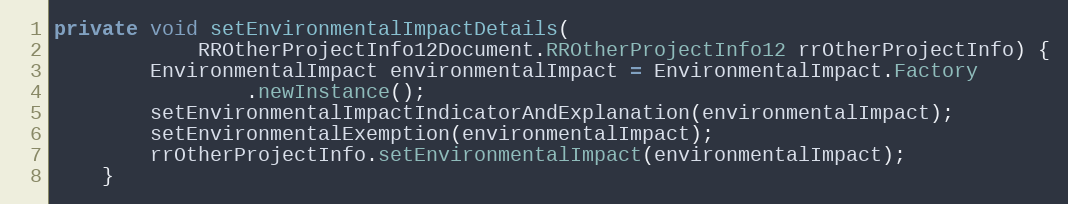
Language: Java
private void setEnvironmentalImpactDetails(
			RROtherProjectInfo12Document.RROtherProjectInfo12 rrOtherProjectInfo) {
		EnvironmentalImpact environmentalImpact = EnvironmentalImpact.Factory
				.newInstance();
		setEnvironmentalImpactIndicatorAndExplanation(environmentalImpact);
		setEnvironmentalExemption(environmentalImpact);
		rrOtherProjectInfo.setEnvironmentalImpact(environmentalImpact);
	}